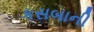
કસબાની